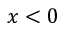
x < 0